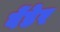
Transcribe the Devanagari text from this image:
वेंडेर